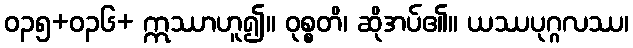
ဝ၃၅+၀၃၆+ ဣဿာဟူ၍။ ဝုစ္စတိ၊ ဆိုအပ်၏။ ယဿပုဂ္ဂလဿ၊